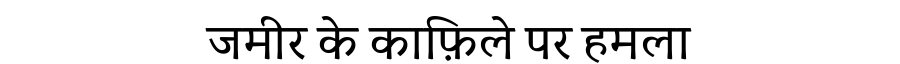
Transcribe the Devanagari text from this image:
जमीर के काफ़िले पर हमला